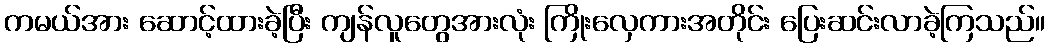
ကမယ်အား ဆောင့်ထားခဲ့ပြီး ကျန်လူတွေအားလုံး ကြိုးလှေကားအတိုင်း ပြေးဆင်းလာခဲ့ကြသည်။